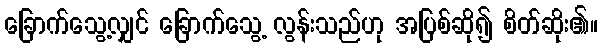
ခြောက်သွေ့လျှင် ခြောက်သွေ့ လွန်းသည်ဟု အပြစ်ဆို၍ စိတ်ဆိုး၏။